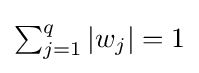
{\textstyle \sum _{j=1}^{q}|w_{j}|=1}